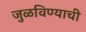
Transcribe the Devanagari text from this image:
जुळविण्याची